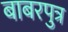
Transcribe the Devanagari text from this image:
बाबरपुत्र